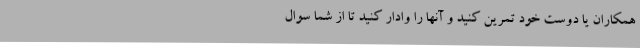
همکاران یا دوست خود تمرین کنید و آنها را وادار کنید تا از شما سوال